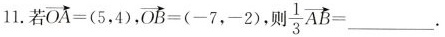
11.若$$\overrightarrow { O A } = ( 5 , 4 )$$,$$\overrightarrow { O B } = ( - 7 , - 2 )$$则 $$\frac { 1 } { 3 } \overrightarrow { A B } =$$___.